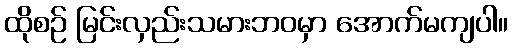
ထိုစဉ် မြင်းလှည်းသမားဘဝမှာ အောက်မကျပါ။